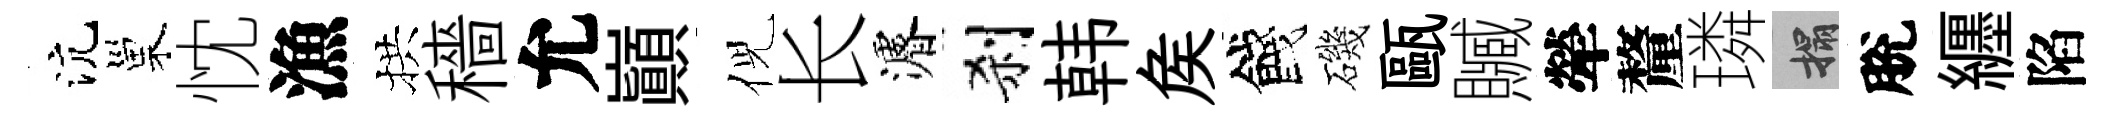
沆巢忱漁拱穡允巔倪长濬刹韩矦餞磯甌贓犖釐璘搨脫纒陷